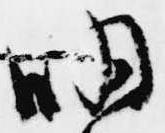
明